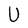
Character: U